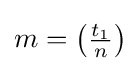
\textstyle m=\left({\frac {t_{1}}{n}}\right)